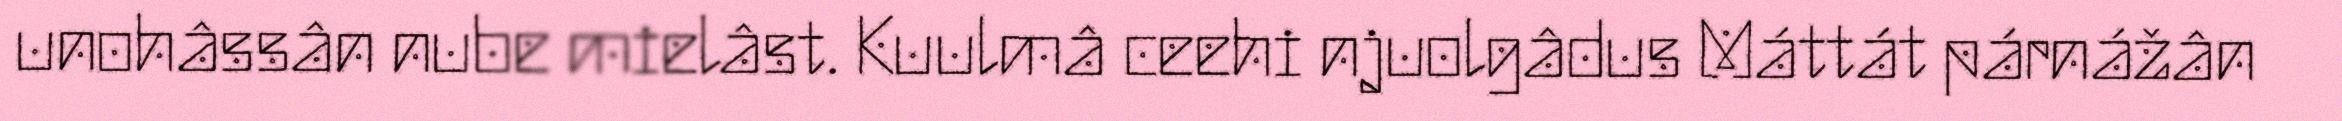
unohâssân nube mielâst. Kuulmâ ceehi njuolgâdus Máttát párnážân